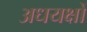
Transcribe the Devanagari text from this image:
अधयक्षों